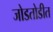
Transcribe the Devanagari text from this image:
जोडतोडीत